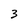
Character: 3